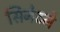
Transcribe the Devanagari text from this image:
सिनेटने